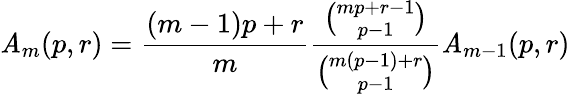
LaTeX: \mathit{A}_{m}(p,r)={\frac{{(m-1)p+r}}{{m}}}{\frac{{\binom{mp+r-1}{p-1}}}{{\binom{m(p-1)+r}{p-1}}}}\mathit{A}_{m-1}(p,r)